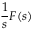
{ \frac { 1 } { s } } F ( s )